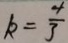
k = \frac { 4 } { 3 }